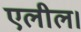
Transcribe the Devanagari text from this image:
एलील।